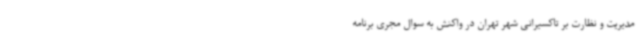
مدیریت و نظارت بر تاکسیرانی شهر تهران در واکنش به سوال مجری برنامه